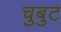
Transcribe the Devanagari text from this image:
चुबुट